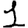
Digit: 1